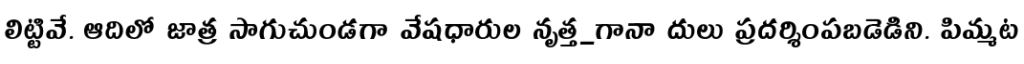
లిట్టివే. ఆదిలో జాత్ర సాగుచుండగా వేషధారుల నృత్త_గానా దులు ప్రదర్శింపబడెడిని. పిమ్మట